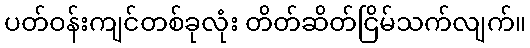
ပတ်ဝန်းကျင်တစ်ခုလုံး တိတ်ဆိတ်ငြိမ်သက်လျက်။